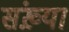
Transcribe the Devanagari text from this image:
संख़्या